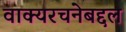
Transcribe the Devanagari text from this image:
वाक्यरचनेबद्दल